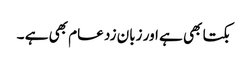
بکتا بھی ہے اور زبان زد عام بھی ہے ۔